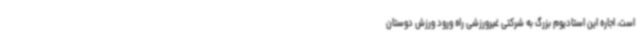
است، اجاره این استادیوم بزرگ به شرکتی غیرورزشی راه ورود ورزش دوستان